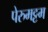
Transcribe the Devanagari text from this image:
पेरुमट्टम